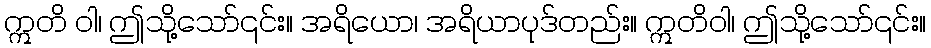
ဣတိ ဝါ၊ ဤသို့သော်၎င်း။ အရိယော၊ အရိယာပုဒ်တည်း။ ဣတိဝါ၊ ဤသို့သော်၎င်း။